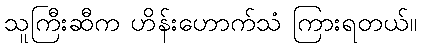
သူကြီးဆီက ဟိန်းဟောက်သံ ကြားရတယ်။